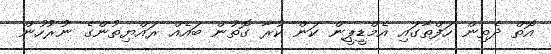
އޮތް ދެތިން ހަފްތާގައި އެމްޑީޕީން ކަން ކުރާ ގޮތުން ބައެއް ރައްޔިތުންގެ ނުރުހުން